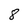
Character: 8